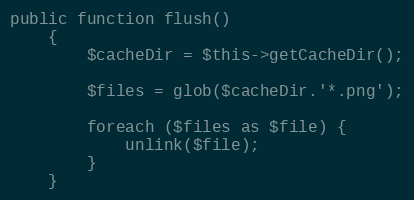
Language: PHP
public function flush()
    {
        $cacheDir = $this->getCacheDir();

        $files = glob($cacheDir.'*.png');

        foreach ($files as $file) {
            unlink($file);
        }
    }